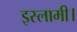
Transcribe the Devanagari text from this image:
इस्लामी।